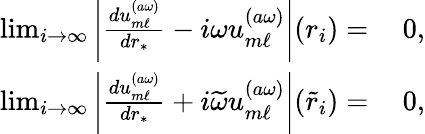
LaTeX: \begin{array}{rl}{\operatorname*{lim}_{i\to\infty}\left|\frac{du_{m\ell}^{(a\omega)}}{dr_{*}}-i\omega u_{m\ell}^{(a\omega)}\right|(r_{i})=}&{\: 0,}\\ {\operatorname*{lim}_{i\to\infty}\left|\frac{du_{m\ell}^{(a\omega)}}{dr_{*}}+i\widetilde{\omega}u_{m\ell}^{(a\omega)}\right|(\tilde{r}_{i})=}&{\: 0,}\end{array}